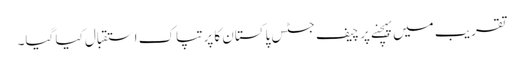
تقریب میں پہچنے پر چیف جسٹس پاکستان کا پرتپاک استقبال کیا گیا۔